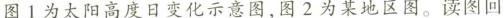
图1为太阳高度日变化示意图，图2为某地区图。读图回